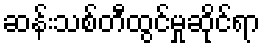
ဆန်းသစ်တီထွင်မှုဆိုင်ရာ